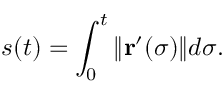
s ( t ) = \int _ { 0 } ^ { t } \| \mathbf { r } ^ { \prime } ( \sigma ) \| d \sigma .